Report of the Indian Hemp Drugs Commission, 1894-1895 - Volume VI
Year: 1894
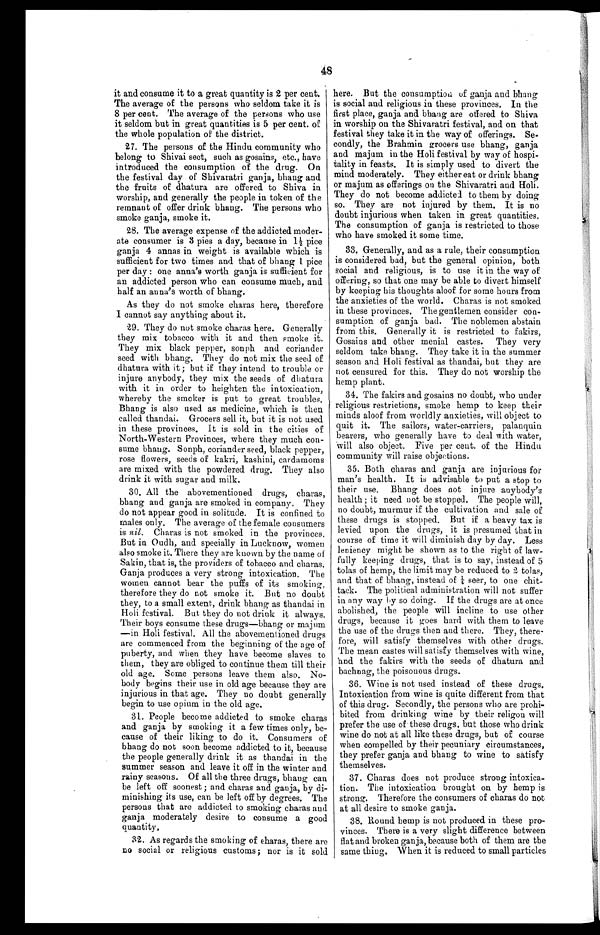
48
it and consume it to a great quantity is 2 per cent.
The average of the persons who seldom take it is
8 per cent. The average of the persons who use
it seldom but in great quantities is 5 per cent. of
the whole population of the district.
27. The persons of the Hindu community who
belong to Shivai sect, such as gosains, etc., have
introduced the consumption of the drug. On
the festival day of Shivaratri ganja, bhaug and
the fruits of dhatura are offered to Shiva in
worship, and generally the people in token of the
remnant of offer drink bhang. The persons who
smoke ganja, smoke it.
28. The average expense of the addicted moder-
- a t e c o n s u m e r i s 3 p i e s a d a y , b e c a u s e i n 1 ½ p i c e
ganja 4 annas in weight is available which is
sufficient for two times and that of bhang 1 pice
per day : one anna's worth ganja is sufficient for
an addicted person who can consume much, and
half an anna's worth of bhang.
As they do not smoke charas here, therefore
I cannot say anything about it.
29. They do not smoke charas here. Generally
they mix tobacco with it and then smoke it.
They mix black pepper, sonph and coriander
seed with bhang. They do not mix the seed of
dhatura with it; but if they intend to trouble or
injure anybody, they mix the seeds of dhatura
with it in order to heighten the intoxication,
whereby the smoker is put to great troubles.
Bhang is also used as medicine, which is then
called thandai. Grocers sell it, but it is not used
in these provinces. It is sold in the cities of
North-Western Provinces, where they much con-
- s u m e b h a n g . S o n p h , c o r i a n d e r s e e d , b l a c k p e p p e r ,
rose flowers, seeds of kakri, kashini, cardamoms
are mixed with the powdered drug. They also
drink it with sugar and milk.
30. All the abovementioned drugs, charas,
bhang and ganja are smoked in company. They
do not appear good in solitude. It is confined to
males only. The average of the female consumers
is nil .Charas is not smoked in the provinces.
But in Oudh, and specially in Lucknow, women
also smoke it. There they are known by the name of
Sakin, that is, the providers of tobacco and charas.
Ganja produces a very strong intoxication. The
women cannot bear the puffs of its smoking,
therefore they do not smoke it. But no doubt
they, to a small extent., drink Chang as thandai in
Holi festival. But they do not drink it always.
Their boys consume these drugs—bhang or majum
—in Holi festival. All the abovementioned drugs
are commenced from the beginning of the age of
puberty, and when they have become slaves to
them, they are obliged to continue them till their
old age. Some persons leave them also. No-
body begins their use in old age because they are
injurious in that age. They no doubt generally
begin to use opium in the old age.
31. People beco me addicted to smoke charas
and ganja by smoking it a few times only, be-
- c a u s e o f t h e i r l i k i n g t o d o i t . C o n s u m e r s o f
bhang do not soon become addicted to it, because
the people generally drink it as thandai in the
summer season and leave it off in the winter and
rainy seasons. Of all the three drugs, bhang can
be left off soonest ; and charas and gauja, by di-
minishing its use, can be left off by degrees. The
persons that are addicted to smoking charas and
ganja moderately desire to consume a good
quantity,
32. As regards the smoking of chains, there are
no social or religious customs; nor is it sold
here. But the consumption of ganja and bhang
is social and religious in these provinces. In the
first place, ganja and bhang are offered. to Shiva
in worship on the Shivaratri festival, and on that
festival they take it in the way of offerings. Se-
- c o n d l y , t h e B r a h m i n g r o c e r s u s e b h a n g , g a n j a
and majum in the Holi festival by way of hospi--
tality in feasts. It is simply used to divert the
mind moderately. They either eat or drink bhang
or majum as offering on the Shivaratri and Holi.
They do not become addicted to them by doing
so. They are not injured by them. It is no
doubt injurious when taken in great quantities.
The consumption of ganja is restricted to those
who have smoked it some time.
33. Generally, and as a rule, their consumption
is considered bad, but the general opinion, both
social and religious, is to use it in the way of
offering, so that one may be able to divert himself
by keeping his thoughts aloof for some hours from
the anxieties of the world. Charas is not smoked
in these provinces. The gentlemen consider con-
-sumption of ganja bad. The noblemen abstain
from this. Generally it is restricted to fakirs,
Gosains and other menial castes. They very
seldom take bhang. They take it in the summer
season and. Holi festival as thandai, but they are
not censured for this. They do not worship the
hemp plant.
34. The fakirs and gosains no doubt, who under
religious restrictions, smoke hemp to keep their
minds aloof from worldly anxieties, will object to
quit it. The sailors, water-carriers, palanquin
bearers, who generally have to deal with water,
Will also object. Five per cent. of the Hindu
community will raise objections.
35. Both charas and ganja are injurious for
man's health, It is advisable to put a stop to
their use. Bhang does not injure anybody's
health; it need not be stopped. The people will,
no doubt, murmur if the cultivation and sale of
these drugs is stopped. But if a heavy tax is
levied upon the drugs, it is presumed that in
course of time it will diminish day by day. Less
leniency might be shown as to the right of law-
- f u l l y k e e p i n g d r u g s , t h a t i s t o s a y , i n s t e a d o f 5
tolas of hemp, the limit may be reduced to 2 tolas,
and that of bhang, instead of ¼ seer, to one chit-
tack. The political administration will not suffer
in any way by so doing. If the drugs are at once
abolished, the people will incline to use other
drugs, because it goes hard with them to leave
the use of the drugs then and there. They, there-
- f o r e , w i l l s a t i s f y t h e m s e l v e s w i t h o t h e r d r u g s .
The mean castes will satisfy themselves with wine,
and the fakirs with the seeds of dhatura and
bachnag, the poisonous drugs.
36. Wine is not used instead of these drugs.
Intoxication from wine is quite different from that
of this drug. Secondly, the persons who are prohi-
bited from drinking wine by their religon will
prefer the use of these drugs, but those who drink
wine do not at all like these drugs, but of course
when compelled by their pecuniary circumstances,
they prefer ganja and bhang to wine to satisfy
themselves.
37. Charas does not produce strong in toxica-
tion. The intoxication brought on by hemp is
strong. Therefore the consumers of chains do not
at all desire to smoke ganja.
38. Round hemp is not produced in these pro-
vinces. There is a very slight difference between
flat and broken ganja, because both of them are the
same thing. When it is reduced to small particles